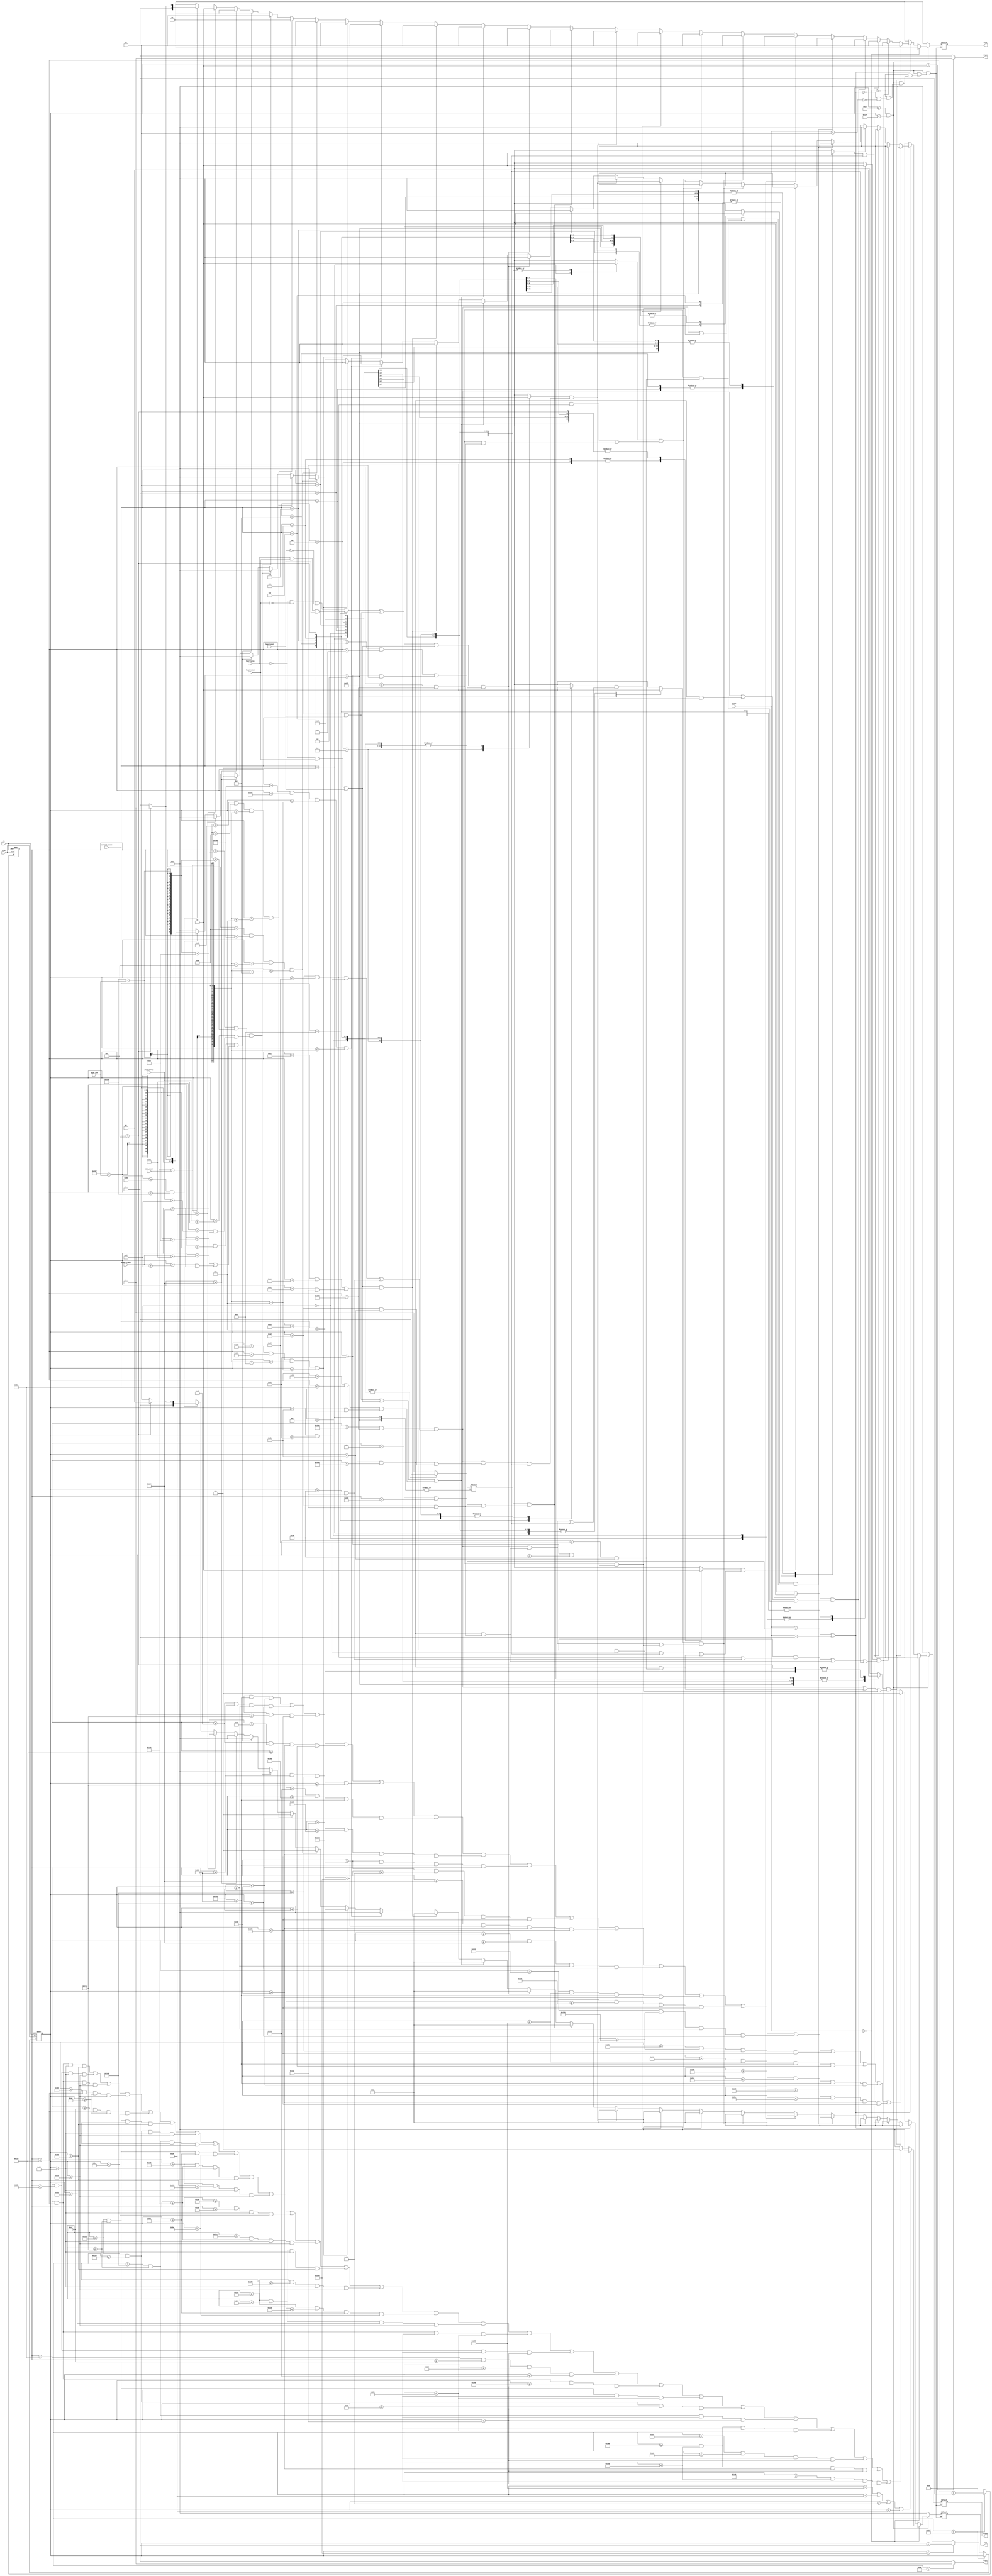
`timescale 1ns / 1ps

module vga640x480(
	input wire dclk,			//pixel clock: 25MHz
	input wire clr,			//asynchronous reset
	input wire [9:0] bird_coord,
	input wire [8:0] pipe_pos,
	input wire [7:0]pipe_array0,
	input wire [7:0]pipe_array1,
	input wire [3:0] current_score,
	output wire hsync,		//horizontal sync out
	output wire vsync,		//vertical sync out
	output reg [2:0] red,	//red vga output
	output reg [2:0] green, //green vga output
	output reg [1:0] blue,	//blue vga output
	input heartrate1,
	input heartrate2,
	input heartrate3,
	input [1:0] state
	);

parameter [7:0] G = 8'b11111000;
parameter [7:0] A = 8'b10001000;
parameter [7:0] M = 8'b10101000;
parameter [7:0] E = 8'b10011000;
parameter [7:0] O = 8'b11111000;
parameter [7:0] V = 8'b11111000;
parameter [7:0] R = 8'b10101000;

// video structure constants
parameter hpixels = 800;// horizontal pixels per line
parameter vlines = 521; // vertical lines per frame
parameter hpulse = 96; 	// hsync pulse length
parameter vpulse = 2; 	// vsync pulse length
parameter hbp = 144; 	// end of horizontal back porch
parameter hfp = 784; 	// beginning of horizontal front porch
parameter vbp = 31; 		// end of vertical back porch
parameter vfp = 511; 	// beginning of vertical front porch
// active horizontal video is therefore: 784 - 144 = 640
// active vertical video is therefore: 511 - 31 = 480

// registers for storing the horizontal & vertical counters
reg [9:0] hc;
reg [9:0] vc;

// Horizontal & vertical counters --
// this is how we keep track of where we are on the screen.
// ------------------------
// Sequential "always block", which is a block that is
// only triggered on signal transitions or "edges".
// posedge = rising edge  &  negedge = falling edge
// Assignment statements can only be used on type "reg" and need to be of the "non-blocking" type: <=

always @(posedge dclk or posedge clr)
begin
	// reset condition
	if (clr == 1)
	begin
		hc <= 0;
		vc <= 0;
	end
	else
	begin
		// keep counting until the end of the line
		if (hc < hpixels - 1)
			hc <= hc + 1;
		else
		// When we hit the end of the line, reset the horizontal
		// counter and increment the vertical counter.
		// If vertical counter is at the end of the frame, then
		// reset that one too.
		begin
			hc <= 0;
			if (vc < vlines - 1)
				vc <= vc + 1;
			else
				vc <= 0;
		end
		
	end
end

// generate sync pulses (active low)
// ----------------
// "assign" statements are a quick way to
// give values to variables of type: wire
assign hsync = (hc < hpulse) ? 0:1;
assign vsync = (vc < vpulse) ? 0:1;

// display 100% saturation colorbars
// ------------------------
// Combinational "always block", which is a block that is
// triggered when anything in the "sensitivity list" changes.
// The asterisk implies that everything that is capable of triggering the block
// is automatically included in the sensitivty list.  In this case, it would be
// equivalent to the following: always @(hc, vc)
// Assignment statements can only be used on type "reg" and should be of the "blocking" type: =

reg a;
initial a = 0;
reg b;
initial b = 0;
reg c;
initial c = 0;
reg d;
initial d = 0;
reg e;
initial e = 0;
reg f;
initial f = 0;
reg g;
initial g = 0;
reg h;
initial h = 0;
reg i;
initial i = 0;
reg j;
initial j = 0;
reg k;
initial k = 0;
reg l;
initial l = 0;
reg m;
initial m = 0;
reg n;
initial n = 0;
reg o;
initial o = 0;
reg xx;
initial xx = 0;


always @ (*)
begin
case(current_score)
0:
begin
	a = 0;
	b = 0;
	c = 0;
	d = 0;
	e = 0;
	f = 0;
	g = 0;
	h = 0;
	i = 0;
	j = 0;
	k = 0;
	l = 0;
	m = 0;
	n = 0;
	o = 0;
	xx = 1;
end
1:
begin
    xx=0;
    b = 0;
	c = 0;
	d=0;
	e = 0;
	f = 0;
	g = 0;
	h = 0;
	i = 0;
	j=0;
	a=1;
end
2: 
begin
    xx = 0;
	a = 0;
	c = 0;
	e = 0;
	f = 0;
	g = 0;
	h = 0;
	i = 0;
	d = 0;
	j=0;
	b = 1;

end
3: 
begin
    xx = 0;
    a=0;
    b = 0;
	d = 0;
	e = 0;
	f = 0;
	g = 0;
	h = 0;
	i = 0;
	j=0;
	c = 1;
end
4: 
begin
    xx = 0;
    a = 0;
	b = 0;
	c = 0;
	e = 0;
	f = 0;
	g = 0;
	h = 0;
	i = 0;
	j=0;
	d = 1;
end
5:
begin
    xx = 0;
    a = 0;
	b = 0;
	c = 0;
	d = 0;
	f = 0;
	g = 0;
	h = 0;
	i = 0;
	j=0;
	e = 1;
end
6: 
begin
    xx = 0;
	a=0;
    b = 0;
	c = 0;
	d = 0;
	e = 0;
	g = 0;
	h = 0;
	i = 0;
//	j=0;
	f = 1;
end
7:
begin
    xx = 0;
    a=0;
    b = 0;
	c = 0;
	d=0;
	e = 0;
	f = 0;
	h = 0;
	i = 0;
//	j=0;
	g = 1;
end
8:
begin
    xx = 0;
    a=0;
    b = 0;
	c = 0;
	d=0;
	e = 0;
	f = 0;
	g = 0;
	h = 0;
	i = 0;
	j=0;
	h = 1;
end
9: 
begin
    xx = 0;
	a = 0;
	b = 0;
	c = 0;
	d = 0;
	e = 0;
	f = 0;
	g = 0;
	h = 0;
	j=0;
	i = 1;
end
10:
begin 
    xx = 1;
	a = 0;
	b = 0;
	c = 0;
	d = 0;
	e = 0;
	f = 0;
	g = 0;
	h = 0;
	i = 0;
	j = 1;
end
11:
begin 
    xx = 0;
    b = 0;
	c = 0;
	d = 0;
	e = 0;
	f = 0;
	g = 0;
	h = 0;
	i = 0;
	a = 1;
	j = 1;
	
end
12:
begin
    xx = 0;
    a=0;
	c = 0;
	d = 0;
	e = 0;
	f = 0;
	g = 0;
	h = 0;
	i = 0;
	b = 1;
	j = 1;
end
13:
begin
    xx = 0;
    a=0;
    b = 0;
	d = 0;
	e = 0;
	f = 0;
	g = 0;
	h = 0;
	i = 0;
	c = 1;
	j=1;
end
14:
begin 
    xx = 0;
    a=0;
    b = 0;
	c = 0;
	e = 0;
	f = 0;
	g = 0;
	h = 0;
	i = 0;
	d = 1;
	j = 1;
end
15:
begin 
	xx = 0;
    a=0;
    b = 0;
	c = 0;
	d = 0;
	f = 0;
	g = 0;
	h = 0;
	i = 0;
	e=1;
	j=1;
end
16:
begin
    xx = 0;
    a=0;
    b = 0;
	c = 0;
	d = 0;
	e = 0;
	g = 0;
	h = 0;
	i = 0;
	f=1;
	j=1;
end
17:
begin
    xx = 0;
    a = 0;
    b = 0;
	c = 0;
	d = 0;
	e = 0;
	f = 0;
	h = 0;
	i = 0;
	g=1;
	j=1;
	
end
18:
begin
   xx = 0;
    a=0;
    b = 0;
	c = 0;
	d = 0;
	e = 0;
	f = 0;
	g = 0;
	i = 0;
	h=1;
	j=1;
end
19:
begin
    xx = 0;
    a=0;
    b = 0;
	c = 0;
	d = 0;
	e = 0;
	f = 0;
	g = 0;
	h = 0;
	i = 1;
	j=1;
end

endcase
end





always @(*)
begin

	// first check if we're within vertical active video range
if (vc >= vbp && vc < vfp)
begin
	if (state == 0)  
    begin
//        red = 3'b000;
//        green = 3'b000;
//        blue = 2'b00;
//        if(( (((hc>(hbp+60))&&(hc<(hbp+100))) &&  ( (vc>(vbp+200) && vc<(vbp+210)) || (vc>(vbp+260)&& vc<(vbp+270)) ) )   || (((hc>(hbp+60))&&(hc<(hbp+70))) && (vc>(vbp+200)&& vc<(vbp+270))) || (((hc>(hbp+90))&&(hc<(hbp+100))) && (vc>(vbp+200)&& vc<(vbp+220)))  ) || ((vc>(vbp+230)&& vc<(vbp+240)) && (hc>(hbp+80)&& hc<(hbp+100))))
//              begin
//              red=3'b111;
//              green=3'b111;
//              blue=2'b11 ; 
//              end
//        else if (( (((hc>(hbp+590))&&(hc<(hbp+630))) &&  ( (vc>(vbp+30) && vc<(vbp+40))|| (vc>(vbp+60)&& vc<(vbp+70)) || (vc>(vbp+90)&& vc<(vbp+100)) ) )   || (((hc>(hbp+590))&&(hc<(hbp+600))) && (vc>(vbp+30)&& vc<(vbp+100))) || (((hc>(hbp+620))&&(hc<(hbp+630))) && (vc>(vbp+30)&& vc<(vbp+100)))  ))
//            begin
//              red=3'b111;
//              green=3'b111;
//              blue=2'b11 ;
//            end
//        else if (( (((hc>(hbp+590))&&(hc<(hbp+630))) &&  ( (vc>(vbp+30) && vc<(vbp+40))|| (vc>(vbp+60)&& vc<(vbp+70)) || (vc>(vbp+90)&& vc<(vbp+100)) ) )   || (((hc>(hbp+590))&&(hc<(hbp+600))) && (vc>(vbp+30)&& vc<(vbp+100))) || (((hc>(hbp+620))&&(hc<(hbp+630))) && (vc>(vbp+30)&& vc<(vbp+100)))  ))
//            begin
//              red=3'b111;
//              green=3'b111;
//              blue=2'b11 ;
//            end
    if ((hc > 600)|| (hc < 40) || (vc > 440) || (vc <40))
                begin
                red <= 3'b000;    
                green <= 3'b000;    
                blue <= 2'b00;    
                end
    
       else if (
         
           ( hc>=119+70 && hc<=210+70 && vc>=130 && vc<=150 ) ||
            ( hc>=119+70 && hc<=139+70 && vc>=130 && vc<=230 )||
           ( hc>=119+70 && hc<=210+70 && vc>=210 && vc<=230 )||
           ( hc>=190+70 && hc<=210+70 && vc>=160 && vc<=230 )||
            ( hc>=169+70 && hc<=210+70 && vc>=160 && vc<=180 )|| 
            
            ( hc>=219+70 && hc<=310+70 && vc>=130 && vc<=150 )||
            ( hc>=219+70 && hc<=239+70 && vc>=130 && vc<=230 )||
            ( hc>=290+70 && hc<=310+70 && vc>=130 && vc<=230 )||
           ( hc>=219+70 && hc<=310+70 && vc>=170 && vc<=190 )||
           
            ( hc>=319+70 && hc<=410+70 && vc>=130 && vc<=150 )||
            ( hc>=319+70 && hc<=339+70 && vc>=130 && vc<=230 )||
           ( hc>=354+70 && hc<=374+70 && vc>=130 && vc<=180 )||
           ( hc>=390+70 && hc<=410+70 && vc>=130 && vc<=230 )||
           
           ( hc>=419+70 && hc<=510+70 && vc>=130 && vc<=150 )||
           ( hc>=419+70 && hc<=439+70 && vc>=130 && vc<=230 )||
           ( hc>=419+70 && hc<=469+70 && vc>=170 && vc<=190 )||
           (hc>=419+70 && hc<=510+70 && vc>=210 && vc<=230 )||
           
            ( hc>=119+70 && hc<=210+70 && vc>=250 && vc<=270 )||
           ( hc>=119+70 && hc<=139+70 && vc>=250 && vc<=350 )||
            (hc>=119+70 && hc<=169+70 && vc>=290 && vc<=310 )||
           ( hc>=119+70 && hc<=210+70 && vc>=330 && vc<=350 )||
           
            ( hc>=219+70 && hc<=310+70 && vc>=250 && vc<=270 ) ||
           ( hc>=219+70 && hc<=239+70 && vc>=250 && vc<=350 ) ||
           ( hc>=290+70 && hc<=310+70 && vc>=250 && vc<=350 )||
           
           ( hc>=315+80 && hc<=410+80 && vc>=250 && vc<=270 ) ||
           ( hc>=319+80 && hc<=339+80 && vc>=250 && vc<=350 ) ||
           ( hc>=315+80 && hc<=410+80 && vc>=320 && vc<=350 )||
            ( hc>=390+80 && hc<=410+80 && vc>=250 && vc<=350 )          
            
       )
       begin 
        red <= 3'b111;    
        green <= 3'b000;    
        blue <= 2'b00; 
       end
       
       else
        begin
            red <= 3'b000; 
            blue <= 2'b00; 
            green <= 3'b00; 
        end    
          
    end 
  else if (state == 2 || state==1)
  begin
	    if (e && ((((hc>(hbp+590))&&(hc<(hbp+630))) &&  ( (vc>(vbp+30) && vc<(vbp+40))|| (vc>(vbp+60)&& vc<(vbp+70)) || (vc>(vbp+90)&& vc<(vbp+100)) ) )   || (((hc>(hbp+590))&&(hc<(hbp+600))) && (vc>(vbp+40)&& vc<(vbp+60))) || (((hc>(hbp+620))&&(hc<(hbp+630))) && (vc>(vbp+70)&& vc<(vbp+90))) ) )
        begin
               red = 3'b001;
				green = 3'b000;
				blue = 2'b11;
        end
	    else if (xx && ( (((hc>(hbp+590))&&(hc<(hbp+630))) &&  ( (vc>(vbp+30) && vc<(vbp+40))|| (vc>(vbp+90)&& vc<(vbp+100)) ) )   || (((hc>(hbp+590))&&(hc<(hbp+600))) && (vc>(vbp+30)&& vc<(vbp+100))) || (((hc>(hbp+620))&&(hc<(hbp+630))) && (vc>(vbp+30)&& vc<(vbp+100)))  ))
        begin   
                red = 3'b001;
				green = 3'b000;
				blue = 2'b11;
        end
	   
	    else if (a && ((((hc>(hbp+620))&&(hc<(hbp+630))) && (vc>(vbp+30)&& vc<(vbp+100))))  )
        begin
               red = 3'b001;
				green = 3'b000;
				blue = 2'b11;
        end
        
	    else if ( b && ((((hc>(hbp+590))&&(hc<(hbp+630))) &&  ( (vc>(vbp+30) && vc<(vbp+40))|| (vc>(vbp+60)&& vc<(vbp+70)) || (vc>(vbp+90)&& vc<(vbp+100)) ) )   || (((hc>(hbp+590))&&(hc<(hbp+600))) && (vc>(vbp+70)&& vc<(vbp+90))) || (((hc>(hbp+620))&&(hc<(hbp+630))) && (vc>(vbp+40)&& vc<(vbp+60))) ) )
            begin
                red = 3'b001;
				green = 3'b000;
				blue = 2'b11;
            end
        else if ( c && ((((hc>(hbp+590))&&(hc<(hbp+630))) &&  ( (vc>(vbp+30) && vc<(vbp+40))|| (vc>(vbp+60)&& vc<(vbp+70)) || (vc>(vbp+90)&& vc<(vbp+100)) ) )   || (((hc>(hbp+620))&&(hc<(hbp+630))) && (vc>(vbp+70)&& vc<(vbp+90))) || (((hc>(hbp+620))&&(hc<(hbp+630))) && (vc>(vbp+40)&& vc<(vbp+60))) ) )
            begin
                red = 3'b001;
				green = 3'b000;
				blue = 2'b11;
            end	   
	
       
        else if (d &&   ( (((hc>(hbp+590))&&(hc<(hbp+630))) && (vc>(vbp+60)&& vc<(vbp+70))) || (((hc>(hbp+620))&&(hc<(hbp+630))) && (vc>(vbp+30)&& vc<(vbp+100))) || (((hc>(hbp+590))&&(hc<(hbp+600))) && (vc>(vbp+40)&& vc<(vbp+60))) ) )
        begin
               red = 3'b001;
				green = 3'b000;
				blue = 2'b11;
        end
        else if (e && ((((hc>(hbp+590))&&(hc<(hbp+630))) &&  ( (vc>(vbp+30) && vc<(vbp+40))|| (vc>(vbp+60)&& vc<(vbp+70)) || (vc>(vbp+90)&& vc<(vbp+100)) ) )   || (((hc>(hbp+590))&&(hc<(hbp+600))) && (vc>(vbp+40)&& vc<(vbp+60))) || (((hc>(hbp+620))&&(hc<(hbp+630))) && (vc>(vbp+70)&& vc<(vbp+90))) ) )
        begin
               red = 3'b001;
				green = 3'b000;
				blue = 2'b11;

        end
        else if (f && ( (((hc>(hbp+590))&&(hc<(hbp+630))) &&  ( (vc>(vbp+30) && vc<(vbp+40))|| (vc>(vbp+60)&& vc<(vbp+70)) || (vc>(vbp+90)&& vc<(vbp+100)) ) )   || (((hc>(hbp+590))&&(hc<(hbp+600))) && (vc>(vbp+30)&& vc<(vbp+100))) || (((hc>(hbp+620))&&(hc<(hbp+630))) && (vc>(vbp+70)&& vc<(vbp+90)))  ))
        begin
              red = 3'b001;
				green = 3'b000;
				blue = 2'b11;
        end
        else if (g && ( (((hc>(hbp+590))&&(hc<(hbp+630))) && (vc>(vbp+30)&& vc<(vbp+40))) || (((hc>(hbp+620))&&(hc<(hbp+630))) && (vc>(vbp+30)&& vc<(vbp+100)))  ))
        begin
               red = 3'b001;
				green = 3'b000;
				blue = 2'b11;
        end        
        else if (h && ( (((hc>(hbp+590))&&(hc<(hbp+630))) &&  ( (vc>(vbp+30) && vc<(vbp+40))|| (vc>(vbp+60)&& vc<(vbp+70)) || (vc>(vbp+90)&& vc<(vbp+100)) ) )   || (((hc>(hbp+590))&&(hc<(hbp+600))) && (vc>(vbp+30)&& vc<(vbp+100))) || (((hc>(hbp+620))&&(hc<(hbp+630))) && (vc>(vbp+30)&& vc<(vbp+100)))  ))
        begin
               red = 3'b001;
				green = 3'b000;
				blue = 2'b11;
        end        
        else if (i && ( (((hc>(hbp+590))&&(hc<(hbp+630))) &&  ( (vc>(vbp+30) && vc<(vbp+40))|| (vc>(vbp+60)&& vc<(vbp+70)) || (vc>(vbp+90)&& vc<(vbp+100)) ) )   || (((hc>(hbp+590))&&(hc<(hbp+600))) && (vc>(vbp+30)&& vc<(vbp+60))) || (((hc>(hbp+620))&&(hc<(hbp+630))) && (vc>(vbp+30)&& vc<(vbp+100)))  ))
        begin
               red = 3'b001;
				green = 3'b000;
				blue = 2'b11;
        end
        else if (j && ((((hc>(hbp+570))&&(hc<(hbp+580))) && (vc>(vbp+30)&& vc<(vbp+100)))) )
        begin
               red = 3'b001;
				green = 3'b000;
				blue = 2'b11;
        end
           
        else if (( (heartrate1 == 0 && heartrate2==0 && heartrate3==0)||(heartrate1 == 1 && heartrate2==1 && heartrate3==1)||
        (heartrate1 == 0 && heartrate2==0 && heartrate3==1)||
        (heartrate1 == 0 && heartrate2==1 && heartrate3==1) )&& ((((hc>(hbp+20))&&(hc<(hbp+30))) && (vc>(vbp+70)&& vc<(vbp+100)))))
        begin
            red = 3'b001;
            green = 3'b000;
            blue = 2'b11  ; 
        end   
        else if (( (heartrate1 == 0 && heartrate2==0 && heartrate3==1)||
        (heartrate1 == 0 && heartrate2==1 && heartrate3==1) )&& ((((hc>(hbp+35))&&(hc<(hbp+45))) && (vc>(vbp+60)&& vc<(vbp+100)))) )
        begin
            red = 3'b001;
            green = 3'b000;
            blue = 2'b11  ;
        end
        else if ((heartrate1 == 0 && heartrate2==1 && heartrate3==1) && ((((hc>(hbp+50))&&(hc<(hbp+60))) && (vc>(vbp+50)&& vc<(vbp+100)))))                 
        begin
             red = 3'b001;
            green = 3'b000;
            blue = 2'b11  ;
        end
        
                   
		// now display different colors every 80 pixels
		// while we're within the active horizontal range
		// -----------------
		
        // BIRD
//        else if(vc > (480-bird_coord)-20 && vc < (480-bird_coord)+20 && hc > hbp+90 && hc < hbp+140)
//            begin
                else if (hc > hbp+120 && hc < hbp+125 && vc > (480-bird_coord)-5 && vc < (480-bird_coord))
                begin
                    // Beak (small box)
                    red = 3'b000;
                    green = 3'b000;
                    blue = 2'b11;
                end
                else if (hc > hbp+115 && hc < hbp+118 && vc > (480-bird_coord)-8 && vc < (480-bird_coord)-5)
                begin
                    // eye (small box)
                    red = 3'b000;
                    green = 3'b000;
                    blue = 2'b11;
                end
                else if (hc > hbp+90 && hc < hbp+120 && vc > (480-bird_coord-15) && vc < (480-bird_coord+12))
                begin
                    // Body (square)
                    red = 3'b111;
                    green = 3'b000;
                    blue = 2'b11;
                end
                else if (hc > hbp+80 && hc < hbp+90 && vc > (480-bird_coord) && vc < (480-bird_coord)+5)
                begin
                    // Tail (small rectangle)
                    red = 3'b111;
                    green = 3'b000;
                    blue = 2'b00;
                end
//            end
			
		//pipes
		
		else if ((hc < hfp-pipe_pos+50 && hc > hfp-pipe_pos) && (vc < pipe_array1+75 || vc > pipe_array1+215 && vc < 500))
		begin
			red = 3'b000;
			green = 3'b000;
			blue = 2'b11;
		end		
		else if ((hc < hfp-345-pipe_pos+50 && hc > hfp-345-pipe_pos) && (vc < pipe_array0+75 || vc > pipe_array0+215 && vc < 500))
		begin
			red = 3'b000;
			green = 3'b000;
			blue = 2'b00;
		end		
		//grass 
		else if (vc >= 500)
		begin
			red = 3'b000;
			green = 3'b111;
			blue = 2'b00;
		end
		// top border
		else if (vc <= 40)
		begin
			red = 3'b000;
			green = 3'b000;
			blue = 2'b10;
		end
		// display cyan bar
		else if (hc >= (hbp) && hc < (hbp+640))
		begin

			red = 3'b111;
			green = 3'b111;
			blue = 2'b11;
			if (current_score==15 )
			begin
			    red = 3'b101;
                green = 3'b110;
			    blue = 2'b10; 
			end 
		
		end
		  
	
		else
		begin
			red = 0;
			green = 0;
			blue = 0;
		end
	end
	else if(state==3)
	   begin
    
       if (
         
                ( hc>=200 && hc<=300 && vc>= 300 && vc<=320 ) ||
              ( hc>=200 && hc<=300 && vc>= 340 && vc<=360 ) ||
              ( hc>=200 && hc<=300 && vc>= 380 && vc<=400 ) ||
              ( hc>=200 && hc<=220 && vc>= 320 && vc<=340 ) ||
              ( hc>=280 && hc<=300 && vc>= 360 && vc<=380 ) ||
              
              ( hc>=310 && hc<=410 && vc>=300 && vc<=320 ) ||
              ( hc>=350 && hc<=370 && vc>=320 && vc<=400 ) ||

              ( hc>=420 && hc<=520 && vc>=300 && vc<=320 ) ||
              ( hc>=420 && hc<=440 && vc>=320 && vc<=400 ) ||
              ( hc>=500 && hc<=520 && vc>=320 && vc<=400 ) ||
              ( hc>=440 && hc<=500 && vc>=340 && vc<=360 ) ||
              
              ( hc>=530 && hc<=600 && vc>=300 && vc<=320 ) ||
              ( hc>=530 && hc<=550 && vc>=320 && vc<=400 ) ||
              ( hc>=530 && hc<=630 && vc>=340 && vc<=360 ) ||
              ( hc>=620 && hc<=630 && vc>=360 && vc<=400 ) ||
              ( hc>=590 && hc<=600 && vc>=300 && vc<=340 ) || 
              
                ( hc>=640 && hc<=740 && vc>=300 && vc<=320 ) ||
              ( hc>=680 && hc<=700 && vc>=320 && vc<=400 )      
            
       )
       begin 
        red <= 3'b111;    
        green <= 3'b000;    
        blue <= 2'b00; 
       end
       
       else
        begin
            red <= 3'b000; 
            blue <= 2'b00; 
            green <= 3'b00; 
        end    
          
	       
	       
	       
	       
	       
	       
	   end
	end
	

	// we're outside active vertical range so display black
	else
	begin
		red = 0;
		green = 0;
		blue = 0;
	end
end

endmodule